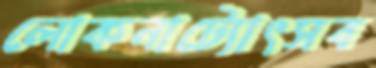
লোকনাট্যোৎসব